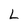
Character: L